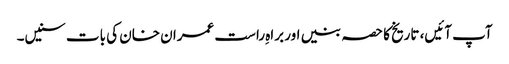
آپ آئیں، تاریخ کا حصہ بنیں اور براہِ راست عمران خان کی بات سنیں۔